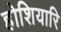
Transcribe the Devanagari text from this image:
होशियारि